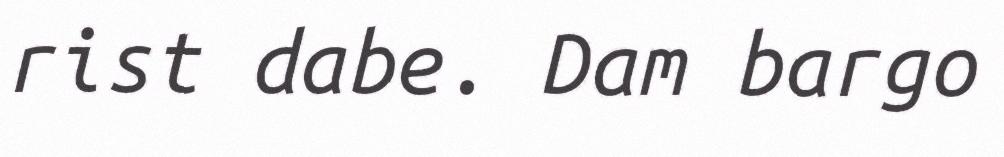
rist dabe. Dam bargo